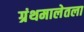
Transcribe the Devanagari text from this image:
ग्रंथमालेतला